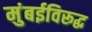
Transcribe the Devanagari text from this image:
मुंबईविरूद्ध